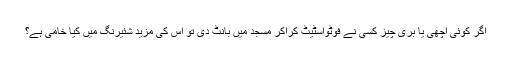
اگر کوئی اچھی یا بری چیز کسی نے فوٹواسٹیٹ کراکر مسجد میں بانٹ دی تو اس کی مزید شئیرنگ میں کیا خامی ہے؟